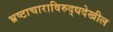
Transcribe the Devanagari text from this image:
भ्रष्टाचाराविरुद्धदेखील